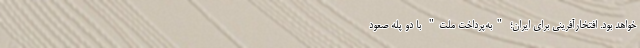
خواهد بود. افتخارآفرینی برای ایران؛ "به‌پرداخت ملت" با دو پله صعود